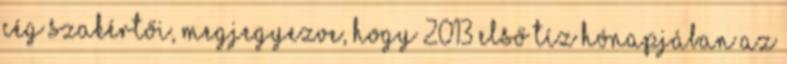
cég szakértői, megjegyezve, hogy 2013 első tíz hónapjában az